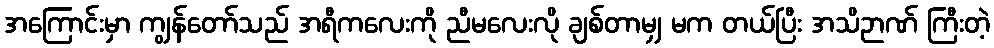
အကြောင်းမှာ ကျွန်တော်သည် အရီကလေးကို ညီမလေးလို ချစ်တာမျှ မက တယ်ပြီး အသိဉာဏ် ကြီးတဲ့